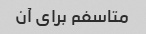
متاسفم برای آن